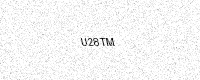
Text: U28TM